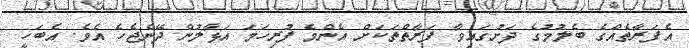
އެފަރާތެއްގެ ބެލުމުގެ ދަށުގައިވާ ފަރާތްތަކަށް އެންމެ ފުރިހަމަ އަޅާލުން ދޭންޖެހެ އެވެ. އެބަހީ